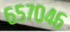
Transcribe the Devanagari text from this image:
६५७०४६